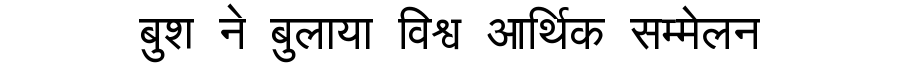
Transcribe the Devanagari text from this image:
बुश ने बुलाया विश्व आर्थिक सम्मेलन